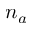
n _ { a }